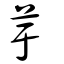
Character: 芋